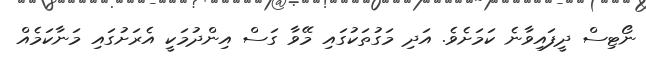
ނޯޓިސް ދީފައިވާނެ ކަމަށެވެ. އަދި މަގުތަކުގައި މޭވާ ގަސް އިންދުމަކީ އެރަށުގައި މަނާކަމެއް